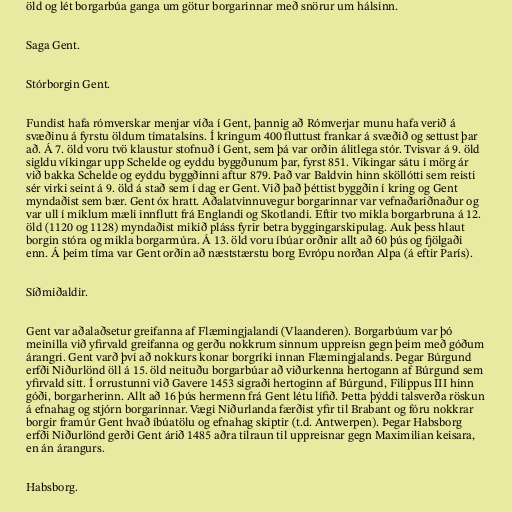
öld og lét borgarbúa ganga um götur borgarinnar með snörur um hálsinn.

Saga Gent.

Stórborgin Gent.

Fundist hafa rómverskar menjar víða í Gent, þannig að Rómverjar munu hafa verið á
svæðinu á fyrstu öldum tímatalsins. Í kringum 400 fluttust frankar á svæðið og settust þar
að. Á 7. öld voru tvö klaustur stofnuð í Gent, sem þá var orðin álitlega stór. Tvisvar á 9. öld
sigldu víkingar upp Schelde og eyddu byggðunum þar, fyrst 851. Víkingar sátu í mörg ár
við bakka Schelde og eyddu byggðinni aftur 879. Það var Baldvin hinn sköllótti sem reisti
sér virki seint á 9. öld á stað sem í dag er Gent. Við það þéttist byggðin í kring og Gent
myndaðist sem bær. Gent óx hratt. Aðalatvinnuvegur borgarinnar var vefnaðariðnaður og
var ull í miklum mæli innflutt frá Englandi og Skotlandi. Eftir tvo mikla borgarbruna á 12.
öld (1120 og 1128) myndaðist mikið pláss fyrir betra byggingarskipulag. Auk þess hlaut
borgin stóra og mikla borgarmúra. Á 13. öld voru íbúar orðnir allt að 60 þús og fjölgaði
enn. Á þeim tíma var Gent orðin að næststærstu borg Evrópu norðan Alpa (á eftir París).

Síðmiðaldir.

Gent var aðalaðsetur greifanna af Flæmingjalandi (Vlaanderen). Borgarbúum var þó
meinilla við yfirvald greifanna og gerðu nokkrum sinnum uppreisn gegn þeim með góðum
árangri. Gent varð því að nokkurs konar borgríki innan Flæmingjalands. Þegar Búrgund
erfði Niðurlönd öll á 15. öld neituðu borgarbúar að viðurkenna hertogann af Búrgund sem
yfirvald sitt. Í orrustunni við Gavere 1453 sigraði hertoginn af Búrgund, Filippus III hinn
góði, borgarherinn. Allt að 16 þús hermenn frá Gent létu lífið. Þetta þýddi talsverða röskun
á efnahag og stjórn borgarinnar. Vægi Niðurlanda færðist yfir til Brabant og fóru nokkrar
borgir framúr Gent hvað íbúatölu og efnahag skiptir (t.d. Antwerpen). Þegar Habsborg
erfði Niðurlönd gerði Gent árið 1485 aðra tilraun til uppreisnar gegn Maximilian keisara,
en án árangurs.

Habsborg.